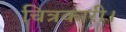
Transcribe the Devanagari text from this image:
चित्रकारी।